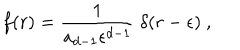
f ( r ) = { \frac { 1 } { a _ { d - 1 } \epsilon ^ { d - 1 } } } ~ \delta ( r - \epsilon ) ~ ,